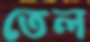
তেল